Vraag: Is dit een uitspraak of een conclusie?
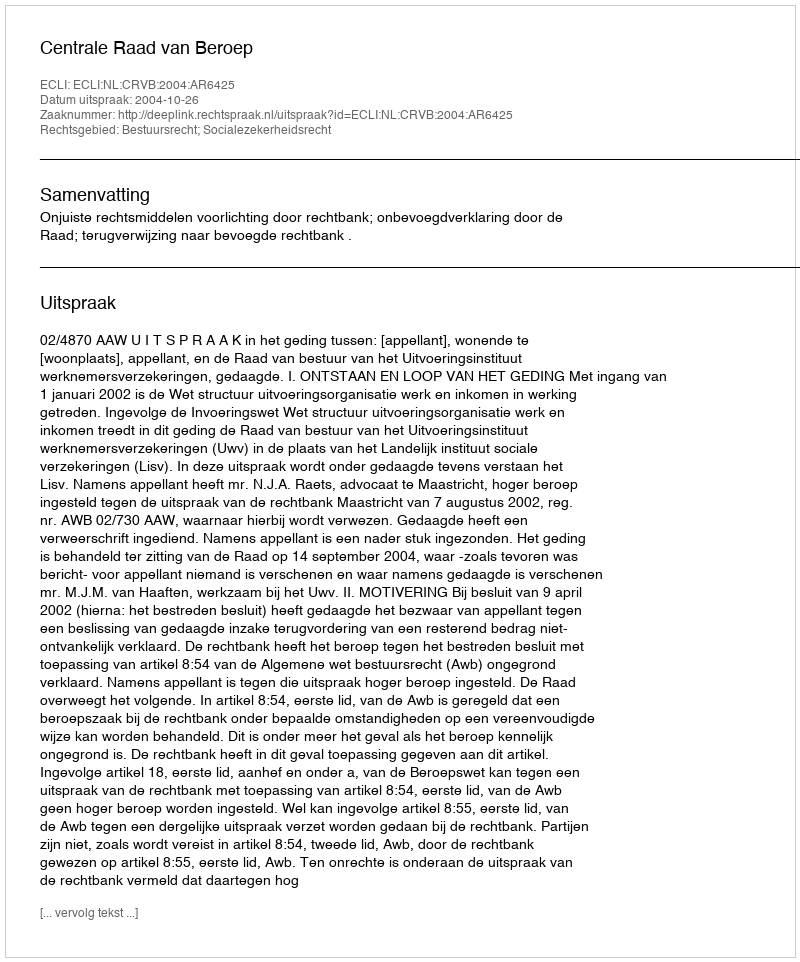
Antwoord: Uitspraak